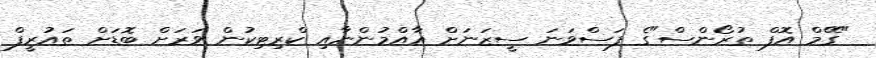
"ގޭމް އޮފް ތުރޯންސް"ގެ ފަސްވަނަ ސީޒަނަށް އާއްމުންނާއި ކްރިޓިކުން ވަރަށް ބޮޑަށް ތައުރީފް